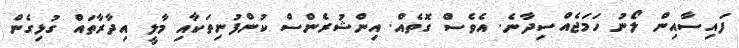
ފައިސާއިން ލޯނު ހަމަޖެއްސިދާނެ. އެވެސް ގޮތެއް. އިންޝުރެންސް ކުންފުނިތަކާއި މާލީ އިދާރާތައް ގުޅިގެން